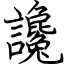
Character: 讒